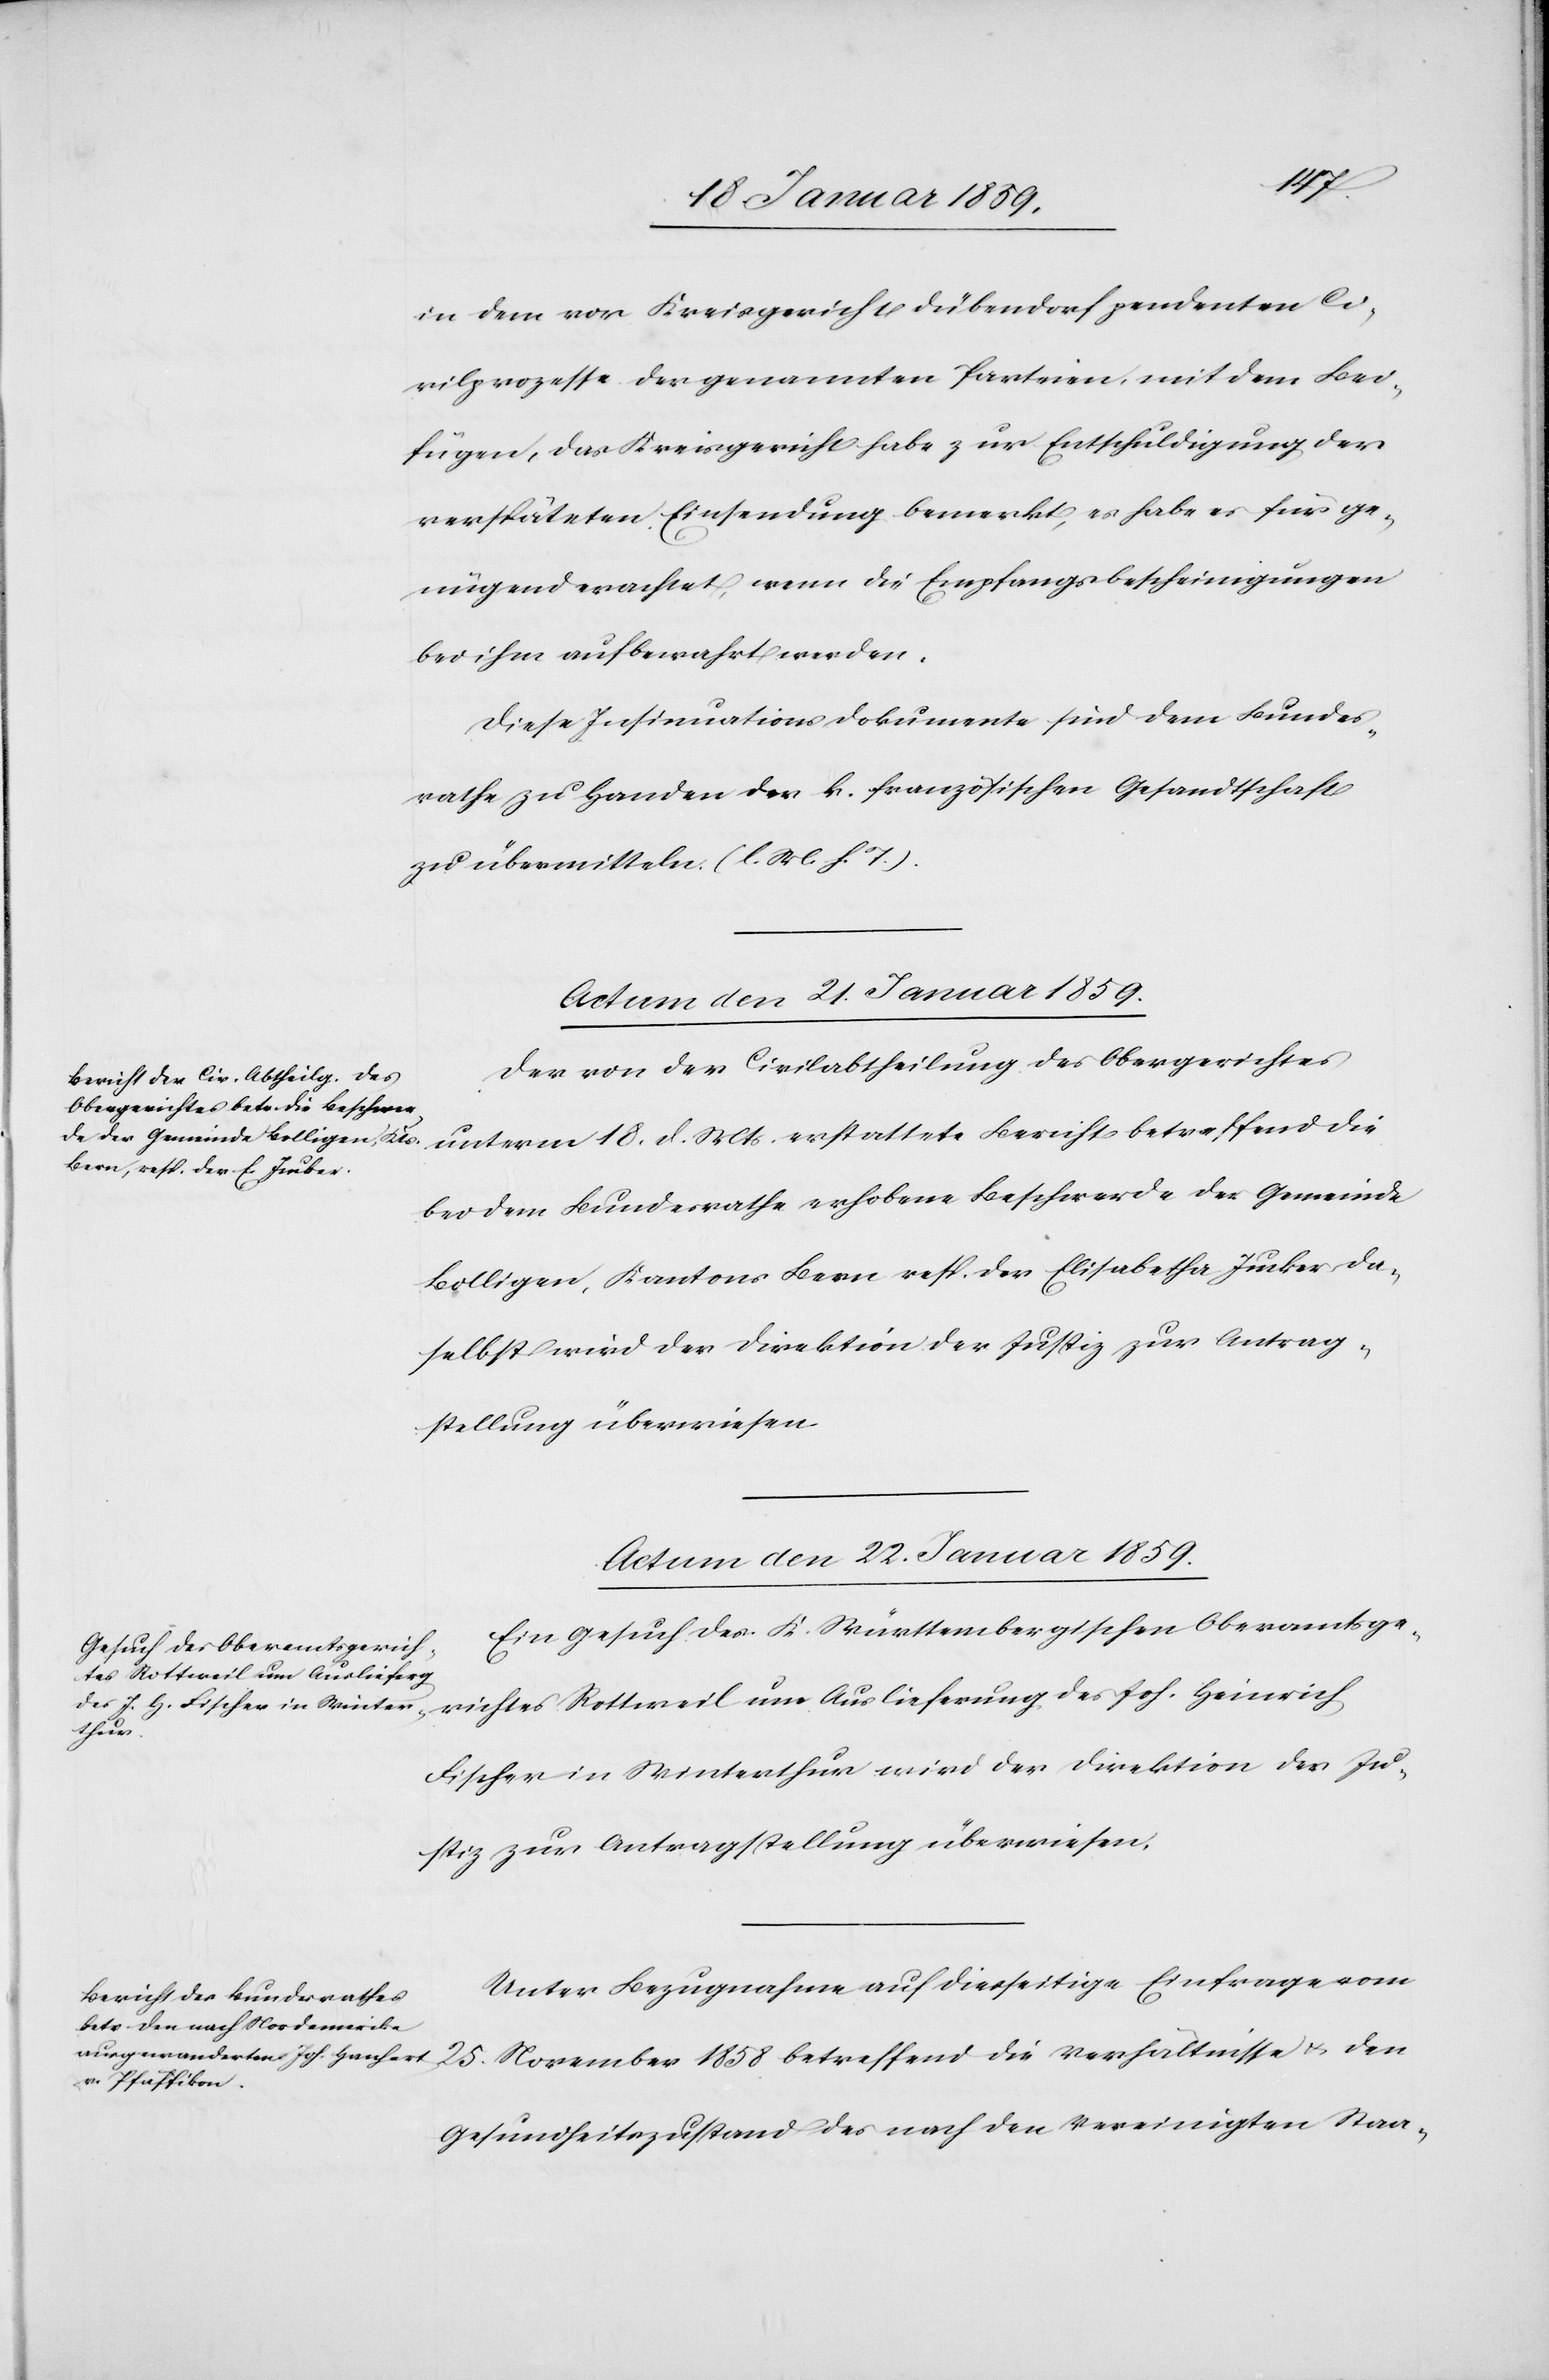
die
in dem vor Kreisgericht Dübendorf pendenten Ci¬
vilprozesse der genannten Parteien, mit dem Bei¬
fügen, das Kreisgericht habe zur Entschuldigung der
verspäteten Einsendung bemerkt, es habe es für ge¬
nügend erachtet, wenn die Empfangsbescheinigungen
bei ihm aufbewahrt werden.
Diese Insinuationsdokumente sind dem Bundes¬
rathe zu Handen der k. französischen Gesandtschaft
zu übermitteln. (l. M. h. T.).
Actum den 21. Januar 1859.
Der von der Civilabtheilung des Obergerichtes
unterm 18. d. Mts. erstattete Bericht betreffend die
bei dem Bundesrathe erhobene Beschwerde der Gemeinde
Bolligen, Kantons Bern resp. der Elisabetha Jucker, da¬
selbst wird der Direktion der Justiz zur Antrag¬
stellung überwiesen.
Actum den 22. Januar 1859.]
Ein Gesuch des K. Württembergischen Oberamtsge¬
tes Rottweil um Auslieferung
den
Fischer in Winterthur wird der Direktion der Ju¬
stiz zur Antragstellung überwiesen.
Unter Bezugnahme auf diesseitige Einfrage vom
Gesundheitszustand des nach den Vereinigten Staa-